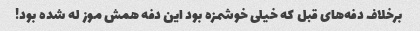
برخلاف دفه‌های قبل که خیلی خوشمزه بود این دفه همش موز له شده بود!